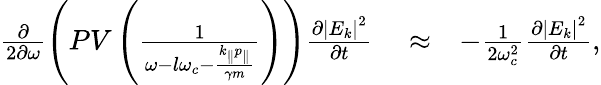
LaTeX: \begin{array}{rlr}{\frac{\partial}{2\partial\omega}\left(PV\left(\frac{1}{\omega-l\omega_{c}-\frac{k_{\parallel}p_{\parallel}}{\gamma m}}\right)\right)\frac{\partial\left|E_{k}\right|^{2}}{\partial t}}&{{}\approx}&{-\frac{1}{2\omega_{c}^{2}}\frac{\partial\left|E_{k}\right|^{2}}{\partial t},}\end{array}